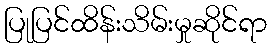
ပြုပြင်ထိန်းသိမ်းမှုဆိုင်ရာ